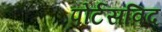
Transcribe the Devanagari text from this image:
पोर्टसविद